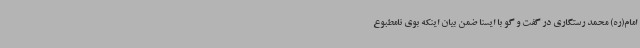
امام(ره) محمد رستگاری در گفت و گو با ایسنا ضمن بیان اینکه بوی نامطبوع